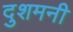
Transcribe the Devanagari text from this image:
दुशमनी